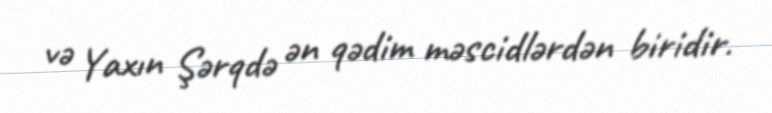
və Yaxın Şərqdə ən qədim məscidlərdən biridir.